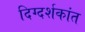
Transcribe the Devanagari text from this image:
दिग्दर्शकांत